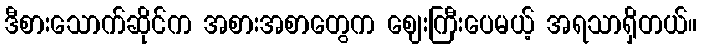
ဒီစားသောက်ဆိုင်က အစားအစာတွေက ဈေးကြီးပေမယ့် အရသာရှိတယ်။